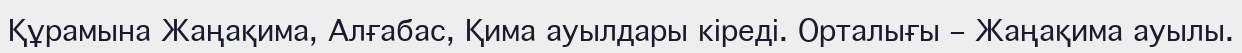
Құрамына Жаңақима, Алғабас, Қима ауылдары кіреді. Орталығы – Жаңақима ауылы.